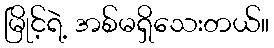
မြိုင့်ရဲ့ အစ်မရှိသေးတယ်။